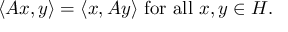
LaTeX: \langle A x , y \rangle = \langle x , A y \rangle { \mathrm { ~ f o r ~ a l l ~ } } x , y \in H .